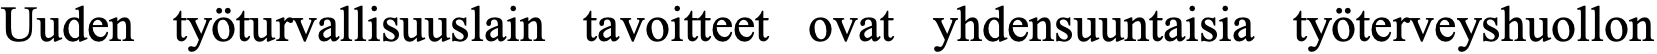
Uuden työturvallisuuslain tavoitteet ovat yhdensuuntaisia työterveyshuollon